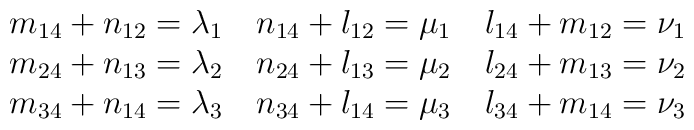
\begin{tabular}{  c  c  c  }$m_{14}+n_{12}=\lambda_1$ & $n_{14}+l_{12}=\mu_1$ & $l_{14}+m_{12}=\nu_1$ \cr$m_{24}+n_{13}=\lambda_2$ & $n_{24}+l_{13}=\mu_2$ & $l_{24}+m_{13}=\nu_2$ \cr$m_{34}+n_{14}=\lambda_3$ & $n_{34}+l_{14}=\mu_3$ & $l_{34}+m_{14}=\nu_3$ \end{tabular}